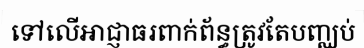
ទៅលើអាជ្ញាធរពាក់ព័ន្ធត្រូវតែបញ្ឈប់